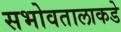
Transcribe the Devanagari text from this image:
सभोवतालाकडे